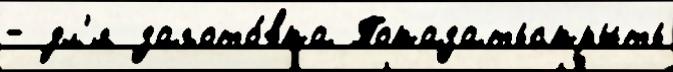
- дл'я загото́вка Показатьскрыть